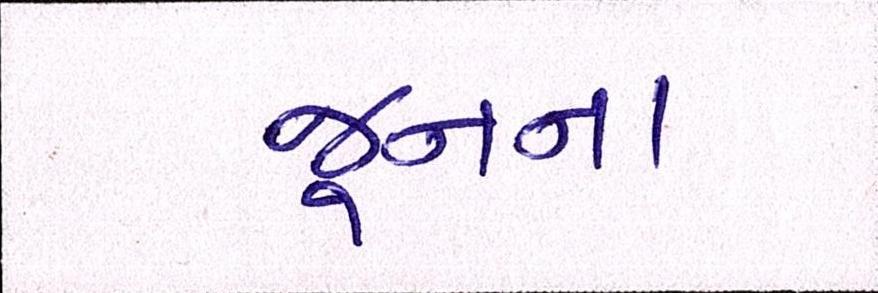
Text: જૂનના